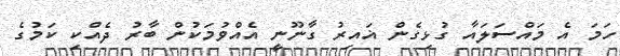
ހަމަ އެ މައްސަލައާ ގުޅިގެން ޣައިރު ގާނޫނީ އެއްވުމަކުން ބާރު ދެއްކި ކަމުގެ